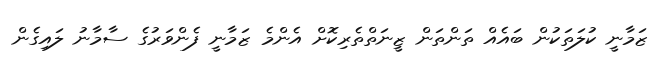
ޒަމާނީ ކުލަތަކުން ބައެއް ތަންތަން ޒީނަތްތެރިކޮށް އެންމެ ޒަމާނީ ފެންވަރުގެ ސާމާނު ލައިގެން